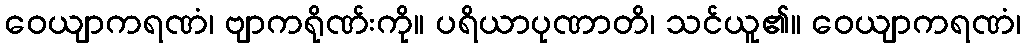
ဝေယျာကရဏံ၊ ဗျာကရိုဏ်းကို။ ပရိယာပုဏာတိ၊ သင်ယူ၏။ ဝေယျာကရဏံ၊